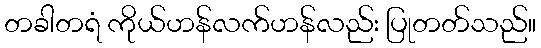
တခါတရံ ကိုယ်ဟန်လက်ဟန်လည်း ပြုတတ်သည်။